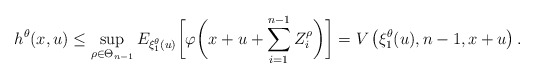
\begin{align*}h^\theta(x,u)\le \sup_{\rho\in \Theta_{n-1}} E_{\xi_1^\theta(u)}\biggl[\varphi\biggl(x+u+\sum_{i=1}^{n-1} Z_i^{\rho}\biggr)\biggr]=V\left(\xi_1^\theta(u),n-1,x+u\right).\end{align*}